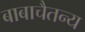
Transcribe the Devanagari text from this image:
बाबाचैतन्य